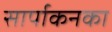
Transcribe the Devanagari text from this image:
सार्पाकनका